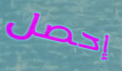
إحصل